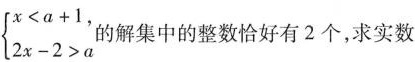
$$\begin { cases }